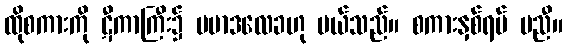
ထိုစကားကို ဋီကာကြီး၌ ပမာဒလေခဟု ပယ်သည်။ စကားနှစ်ရပ် မညီ။